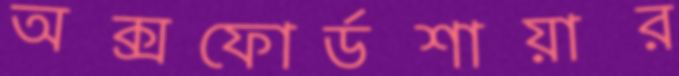
অক্সফোর্ডশায়ার